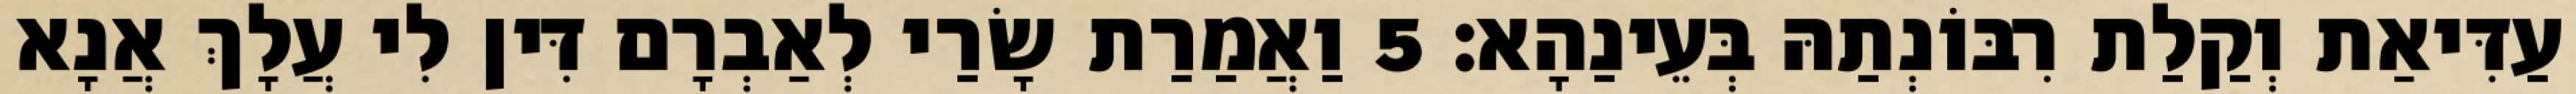
עַדִּיאַת וְקַלַת רִבּוֹנְתַהּ בְּעֵינַהָא׃ 5 וַאֲמַרַת שָׂרַי לְאַבְרָם דִּין לִי עֲלָךְ אֲנָא